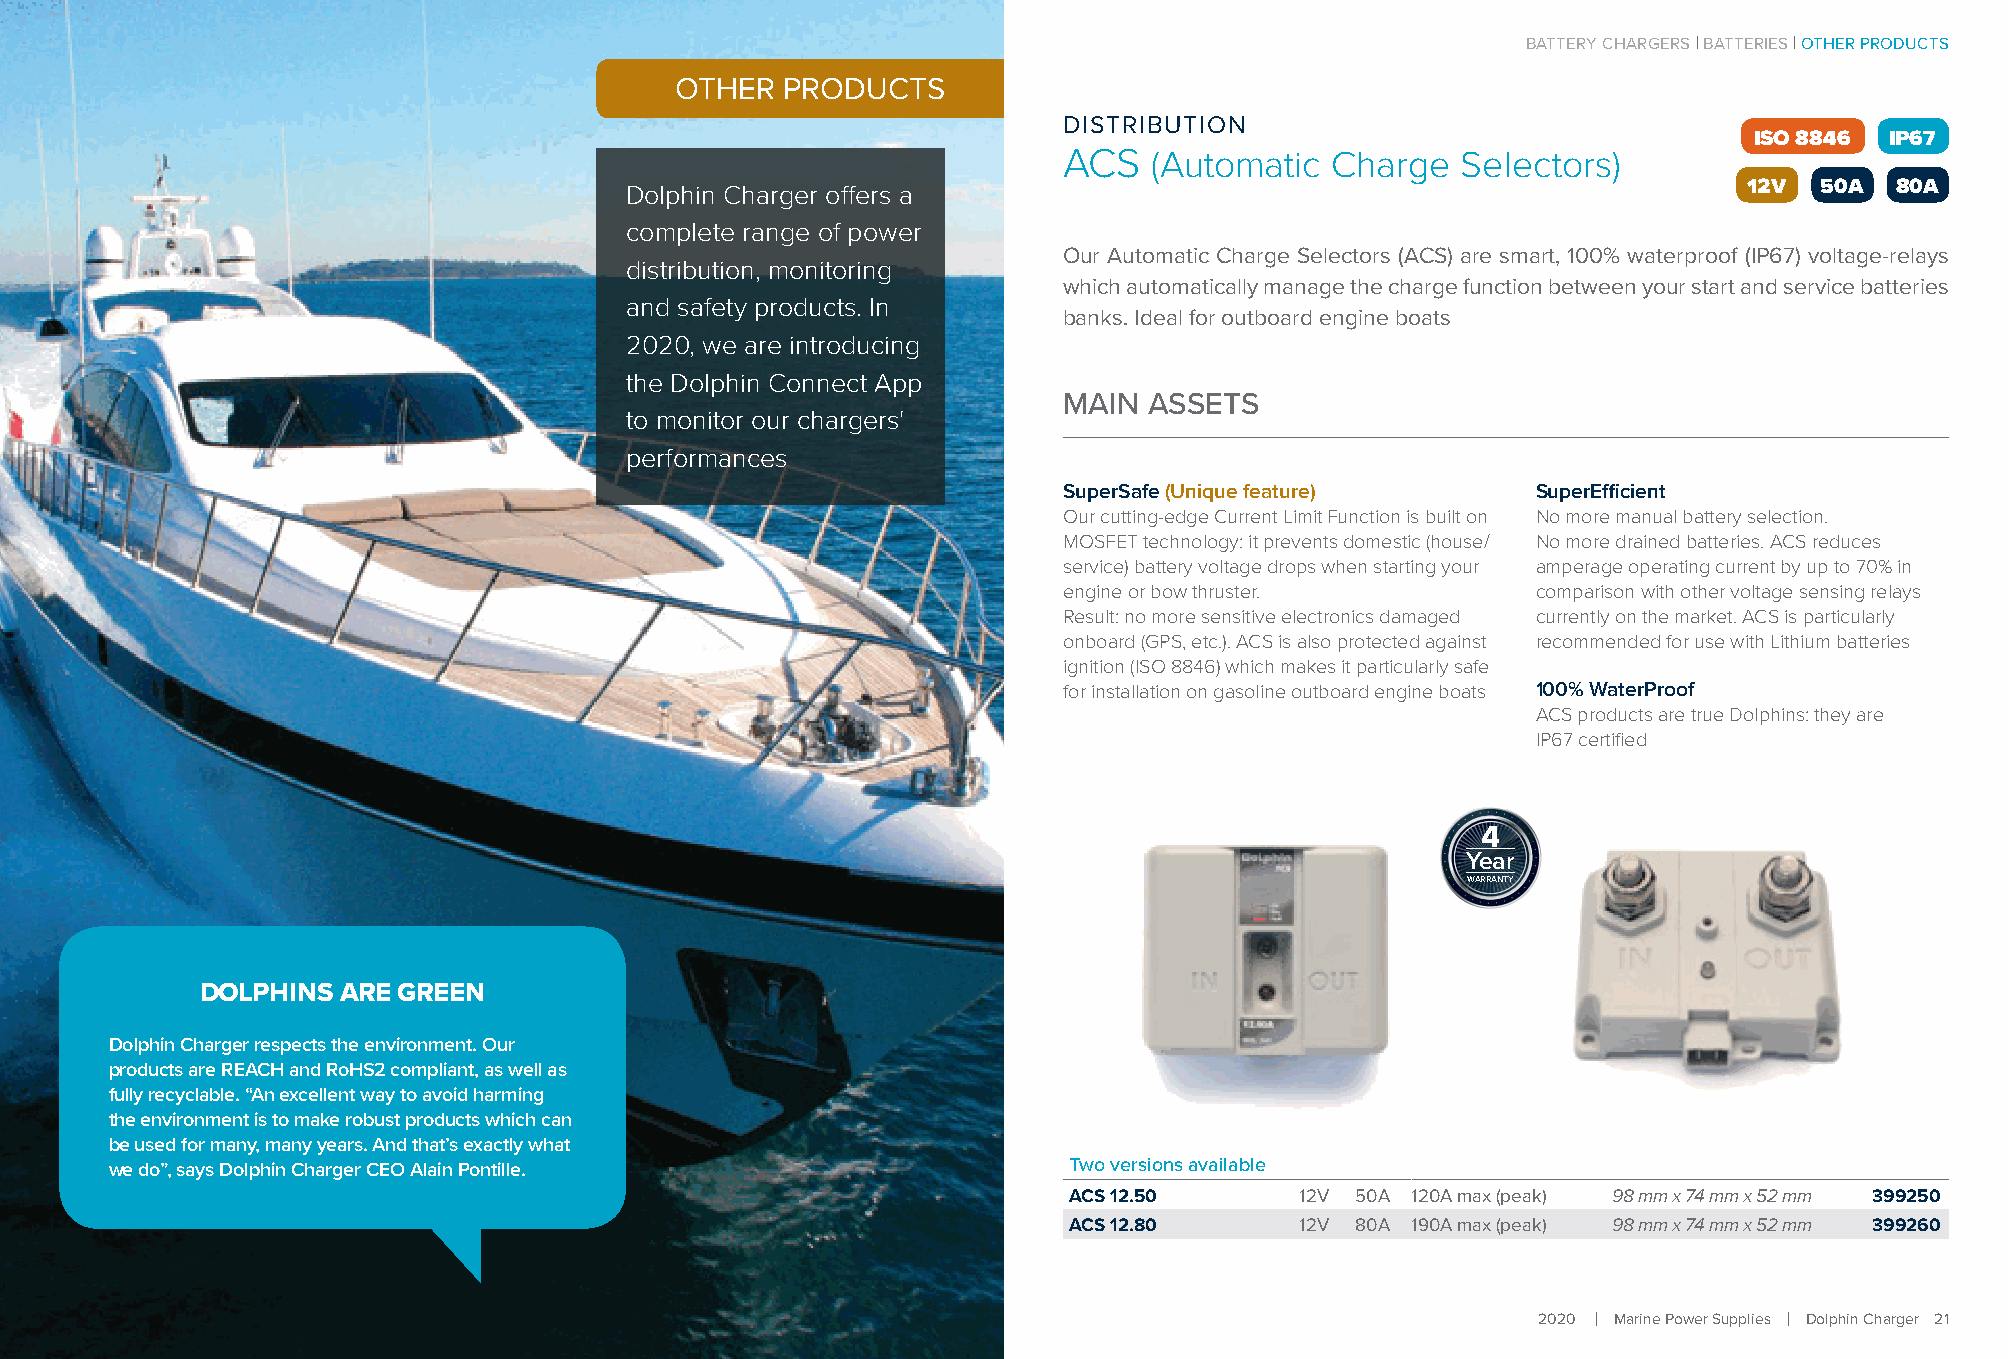
BATTERY CHARGERS BATTERIES OTHER PRODUCTS
 OTHER  PRODUCTS
 DISTRIBUTION
 ISO 8846 IP67
 ACS   (Automatic  Charge   Selectors)
 Dolphin Charger offers a                                                   12V  50A 80A
 complete range of power
 Our Automatic Charge Selectors (ACS) are smart, 100% waterproof (IP67) voltage-relays
 distribution, monitoring
 which automatically manage the charge function between your start and service batteries
 and safety products. In
 banks. Ideal for outboard engine boats
 2020, we are introducing
 the Dolphin Connect App
 MAIN  ASSETS
 to monitor our chargers'
 performances
 SuperSafe (Unique feature)      SuperEfficient
 Our cutting-edge Current Limit Function is built on No more manual battery selection.
 MOSFET technology: it prevents domestic (house/ No more drained batteries. ACS reduces
 service) battery voltage drops when starting your amperage operating current by up to 70% in
 engine or bow thruster.         comparison with other voltage sensing relays
 Result: no more sensitive electronics damaged currently on the market. ACS is particularly
 onboard (GPS, etc.). ACS is also protected against recommended for use with Lithium batteries
 ignition (ISO 8846) which makes it particularly safe
 for installation on gasoline outboard engine boats 100% WaterProof
 ACS products are true Dolphins: they are
 IP67 certified
 4
 Year
 WARRANTY
 DOLPHINS ARE GREEN
 Dolphin Charger respects the environment. Our
 products are REACH and RoHS2 compliant, as well as
 fully recyclable. “An excellent way to avoid harming
 the environment is to make robust products which can
 be used for many, many years. And that’s exactly what
 we do”, says Dolphin Charger CEO Alain Pontille.                Two versions available
 ACS 12.50      12V 50A 120A max (peak) 98 mm x 74 mm x 52 mm 399250
 ACS 12.80      12V 80A 190A max (peak) 98 mm x 74 mm x 52 mm 399260
 More information: www.dolphin-charger.com             2020 Marine Power Supplies Dolphin Charger 21